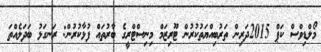
މޯލްޑިވްސް ކަޕް 2015ދަރިން ތަރުބިއްޔަތުކުރުން ޓޫރިޒަމް މިނިސްޓްރީގެ ބާރުތައް ފުޅާކުރުން: ރަނގަޅު ބަދަލެއްތަ